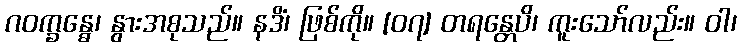
ဂဝက္ခန္ဓေ၊ နွားအစုသည်။ နဒိံ၊ ဖြစ်ကို။ [၀၇] တရန္တေပိ၊ ကူးသော်လည်း။ ဝါ၊